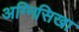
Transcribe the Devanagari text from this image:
अग्निसिखा